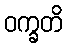
ဝက္ခတိ